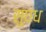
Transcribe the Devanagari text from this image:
सुघंध